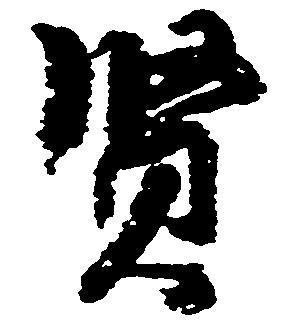
賢